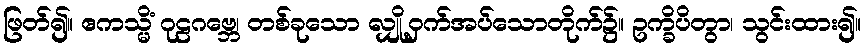
ဖြတ်၍။ ဧကသ္မိံ ဂုဠဂဗ္ဘေ၊ တစ်ခုသော လျှို့ဝှက်အပ်သောတိုက်၌။ ဥက္ခိပိတွာ၊ သွင်းထား၍။